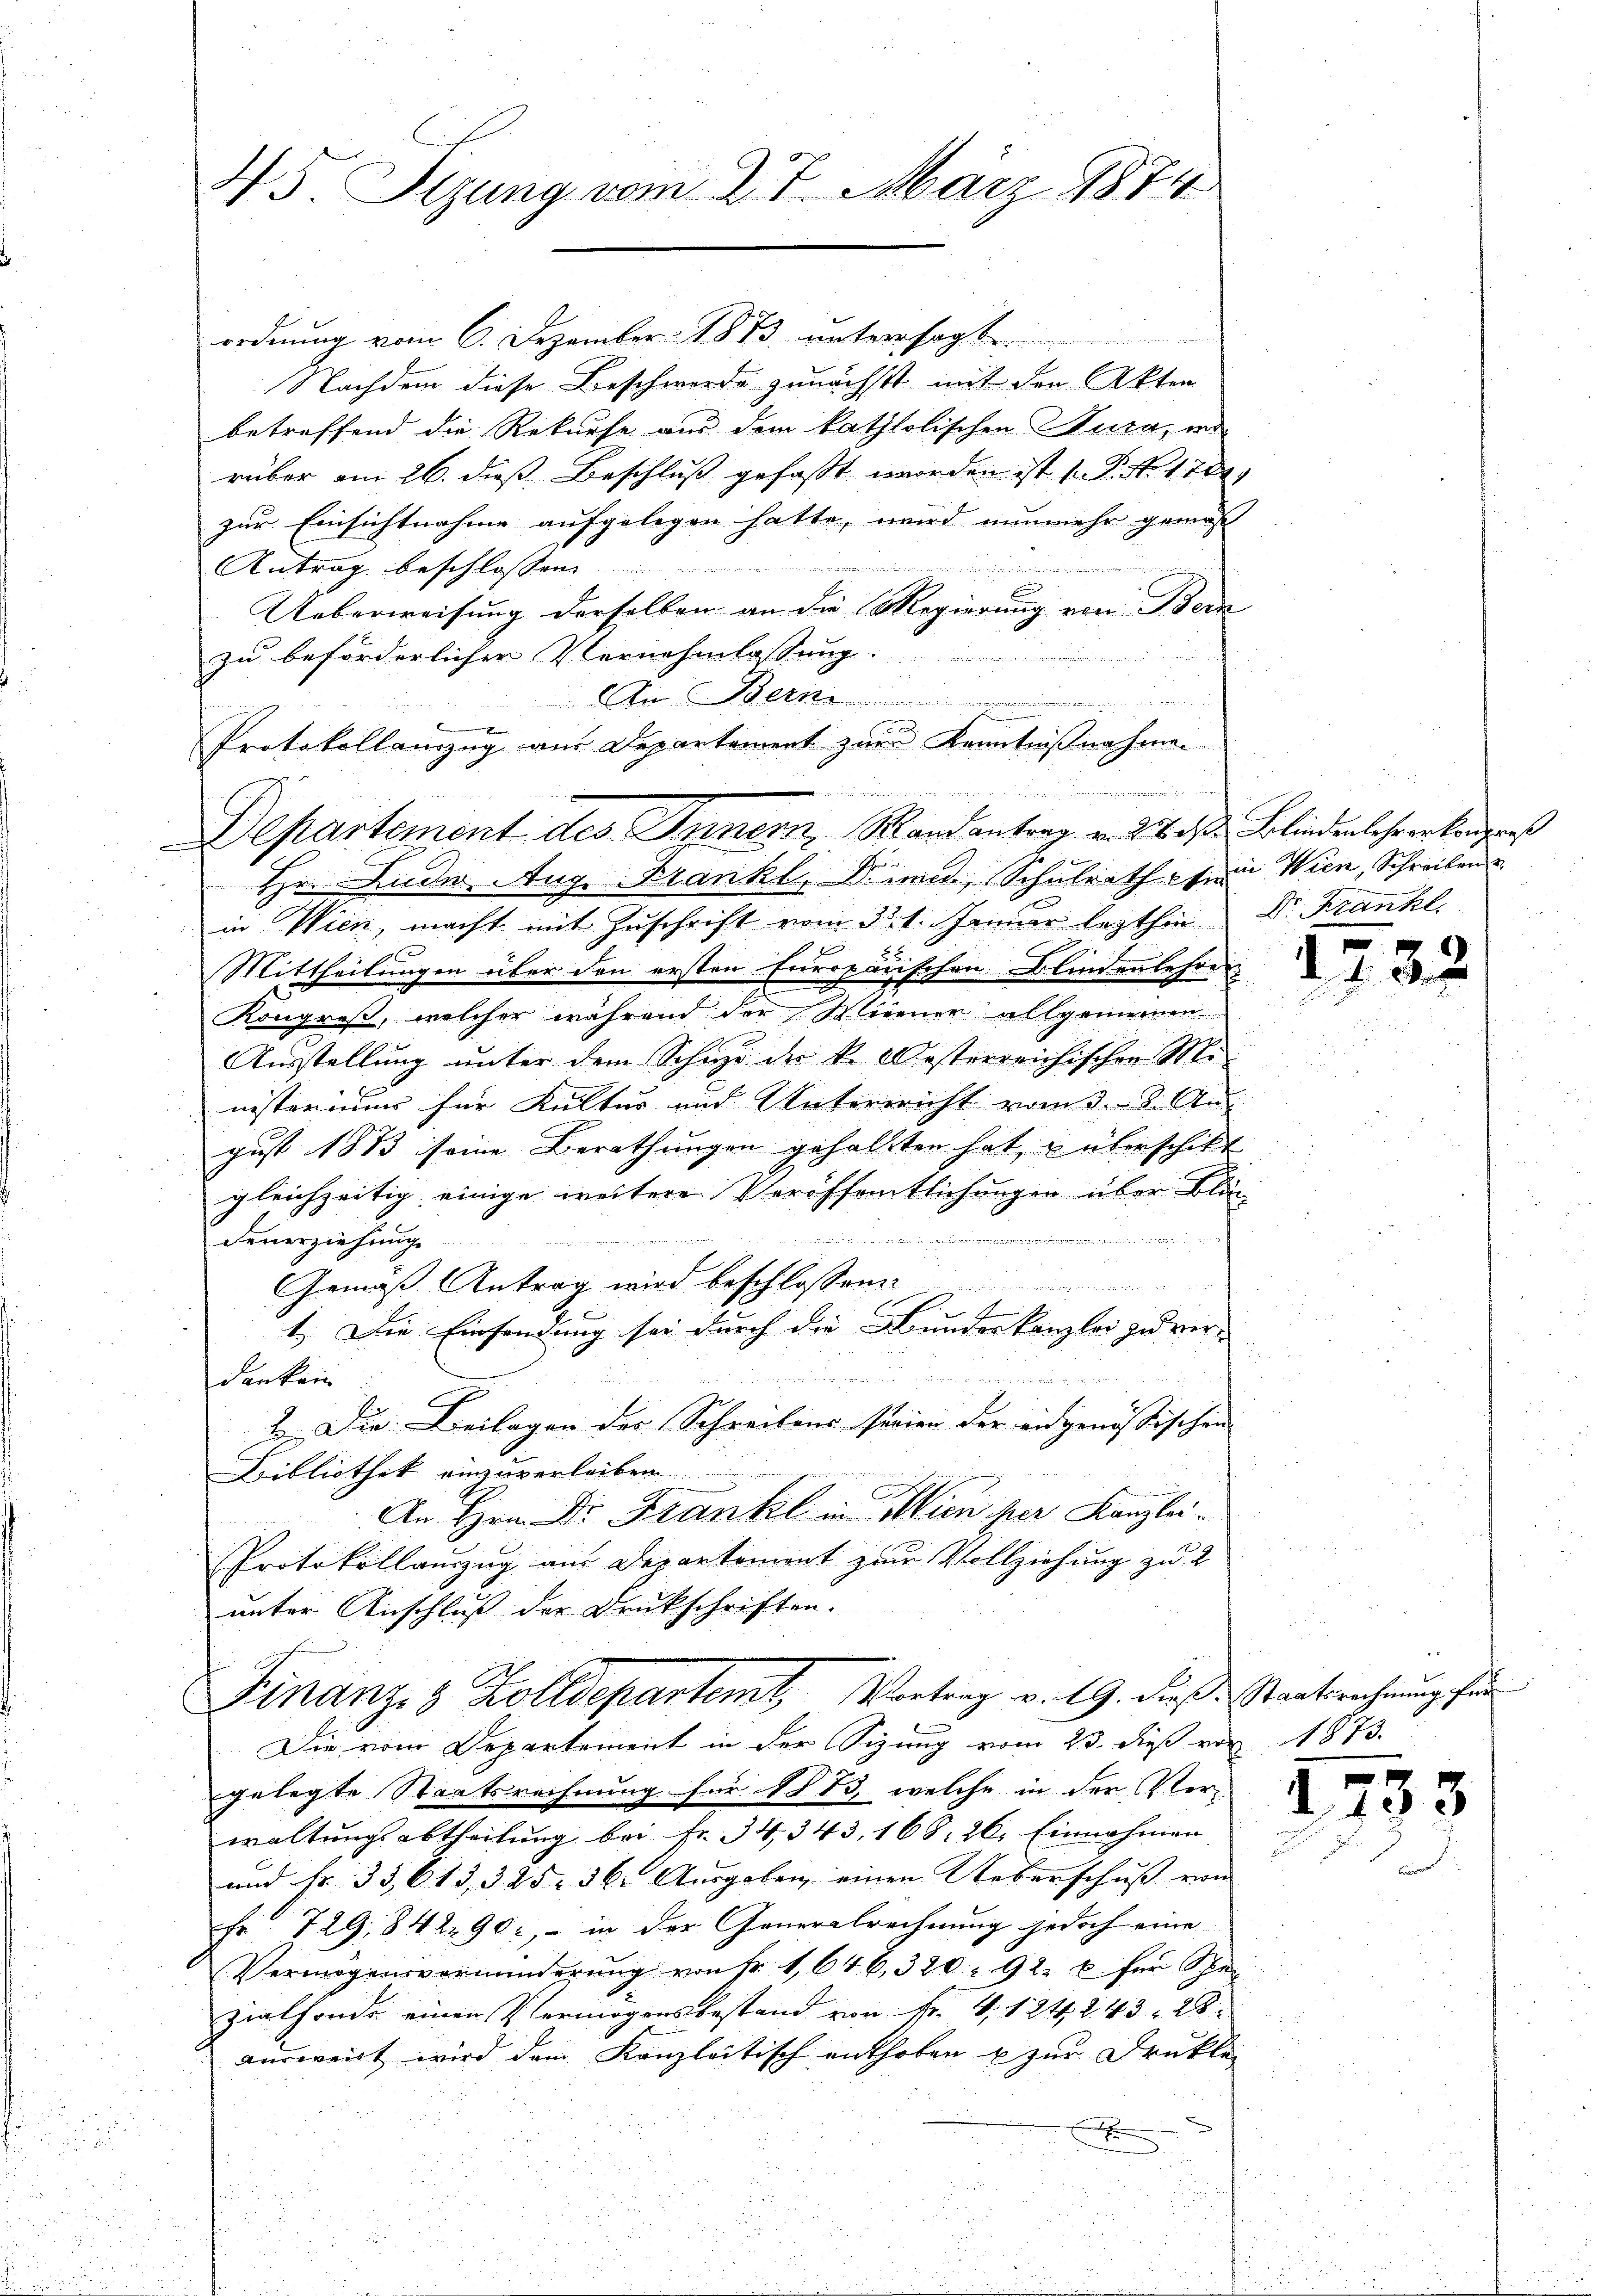
45. Sizung vom 27. März 1874

ordnung vom 6. Dezember 1873 untersagte
Nachdem diese Beschwerde zunächst mit den Akten
betreffend die Rekurse aus dem katholischen Jura, wo
rüber am 26. dieß Beschluß gefaßt worden ist (T. No 1700.
zur Einsichtnahme aufgelegen hatte, wird nunmehr gemäss
Antrag beschlossen
Ueberweisung derselben an die Regierung von Bern
zu beförderlicher Vernehmlassung. |
  d
An Bern
e
Protokollauszug aus Departement zur Kenntnißnahme
Departement des Innern, Rand antrag von 2 Boße Blindenlehrer kongreß
Hr. Luder Aug. Frankl, Wind, Schulrathesen Wien, Schreiben
in Wien, macht mit Zuschrift vom 32. 1. Januar lezthin
Mittheilungen über den ersten Europädischen Blindenlehres
Kongreß, welcher während der Wiener allgemeinen
Ausstellung unter dem Schuld der k. Oesterreichischen Mi-
nisteriums für Kultur und Unterricht vom 3. 8. Aus
gust 1883 seine Berathungen gehalten hat, u überschikt
gleichzeitig einige weitere Veröffentlichungen über Blin
.
de
Feuerziehung
Gemäß Antrag wird beschlossene
7
2
t. Die Einsendung sei durch die Bundeskanzlei zu veri
dankenn
2. Die Beilagen des Schreibens sanien der eidgenössischen |
Bibliothek einzuverleiben
An Hrn. Dr. Frankel in Wien per Kanzlei-
Protokollauszug aus Departement zur Vollziehung zu 2
unter Anschluß der Druckschriften.
Finanze 8 Zolldepartemt, Vortrag v. 19. dieß. Staatsrechnung für
Die vom Departement in der Sizung vom 23. dieß von 1873.
gelegte Staatsrechnung für 1883, welche in der Verwaltungsabtheilung bei Fr. 34, 343, 168. 26. Einnahmen
und Fr. 35,613, 325 n 36. Ausgaben einen Ueberschuß von
Fr. 729, 842290, – in der Generalrechnung jedoch eine |
Vermögensverminderŭng von Fr. 1646. 320: 92 u. für Spe-
zialfonds einen Vermögensbestand von Fr. 4. 124. 243. 28
ausweist wird dem Kanzleitisch enthoben u zur Drucklen
x

un

verrechen wur

Dr. Frankt.

h

23.

3

5